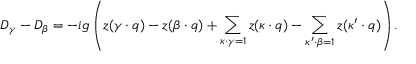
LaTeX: D _ { \gamma } - D _ { \beta } = - i g \left( z ( \gamma \cdot q ) - z ( \beta \cdot q ) + \sum _ { \kappa \cdot \gamma = 1 } z ( \kappa \cdot q ) - \sum _ { \kappa ^ { \prime } \cdot \beta = 1 } z ( \kappa ^ { \prime } \cdot q ) \right) .